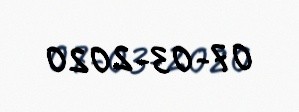
07-03-2020